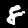
Label: 8